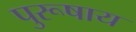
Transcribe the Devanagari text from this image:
पुरूषाय